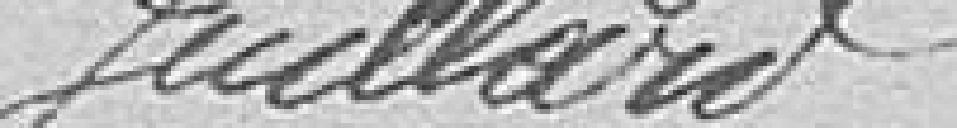
Juillard